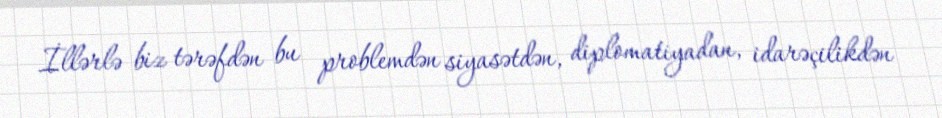
İllərlə biz tərəfdən bu problemdən siyasətdən, diplomatiyadan, idarəçilikdən